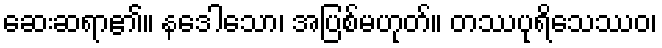
ဆေးဆရာ၏။ နဒေါသော၊ အပြစ်မဟုတ်။ တဿပုရိသေဿဝ၊